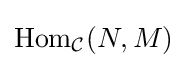
\mathrm {Hom} _{\mathcal {C}}(N,M)